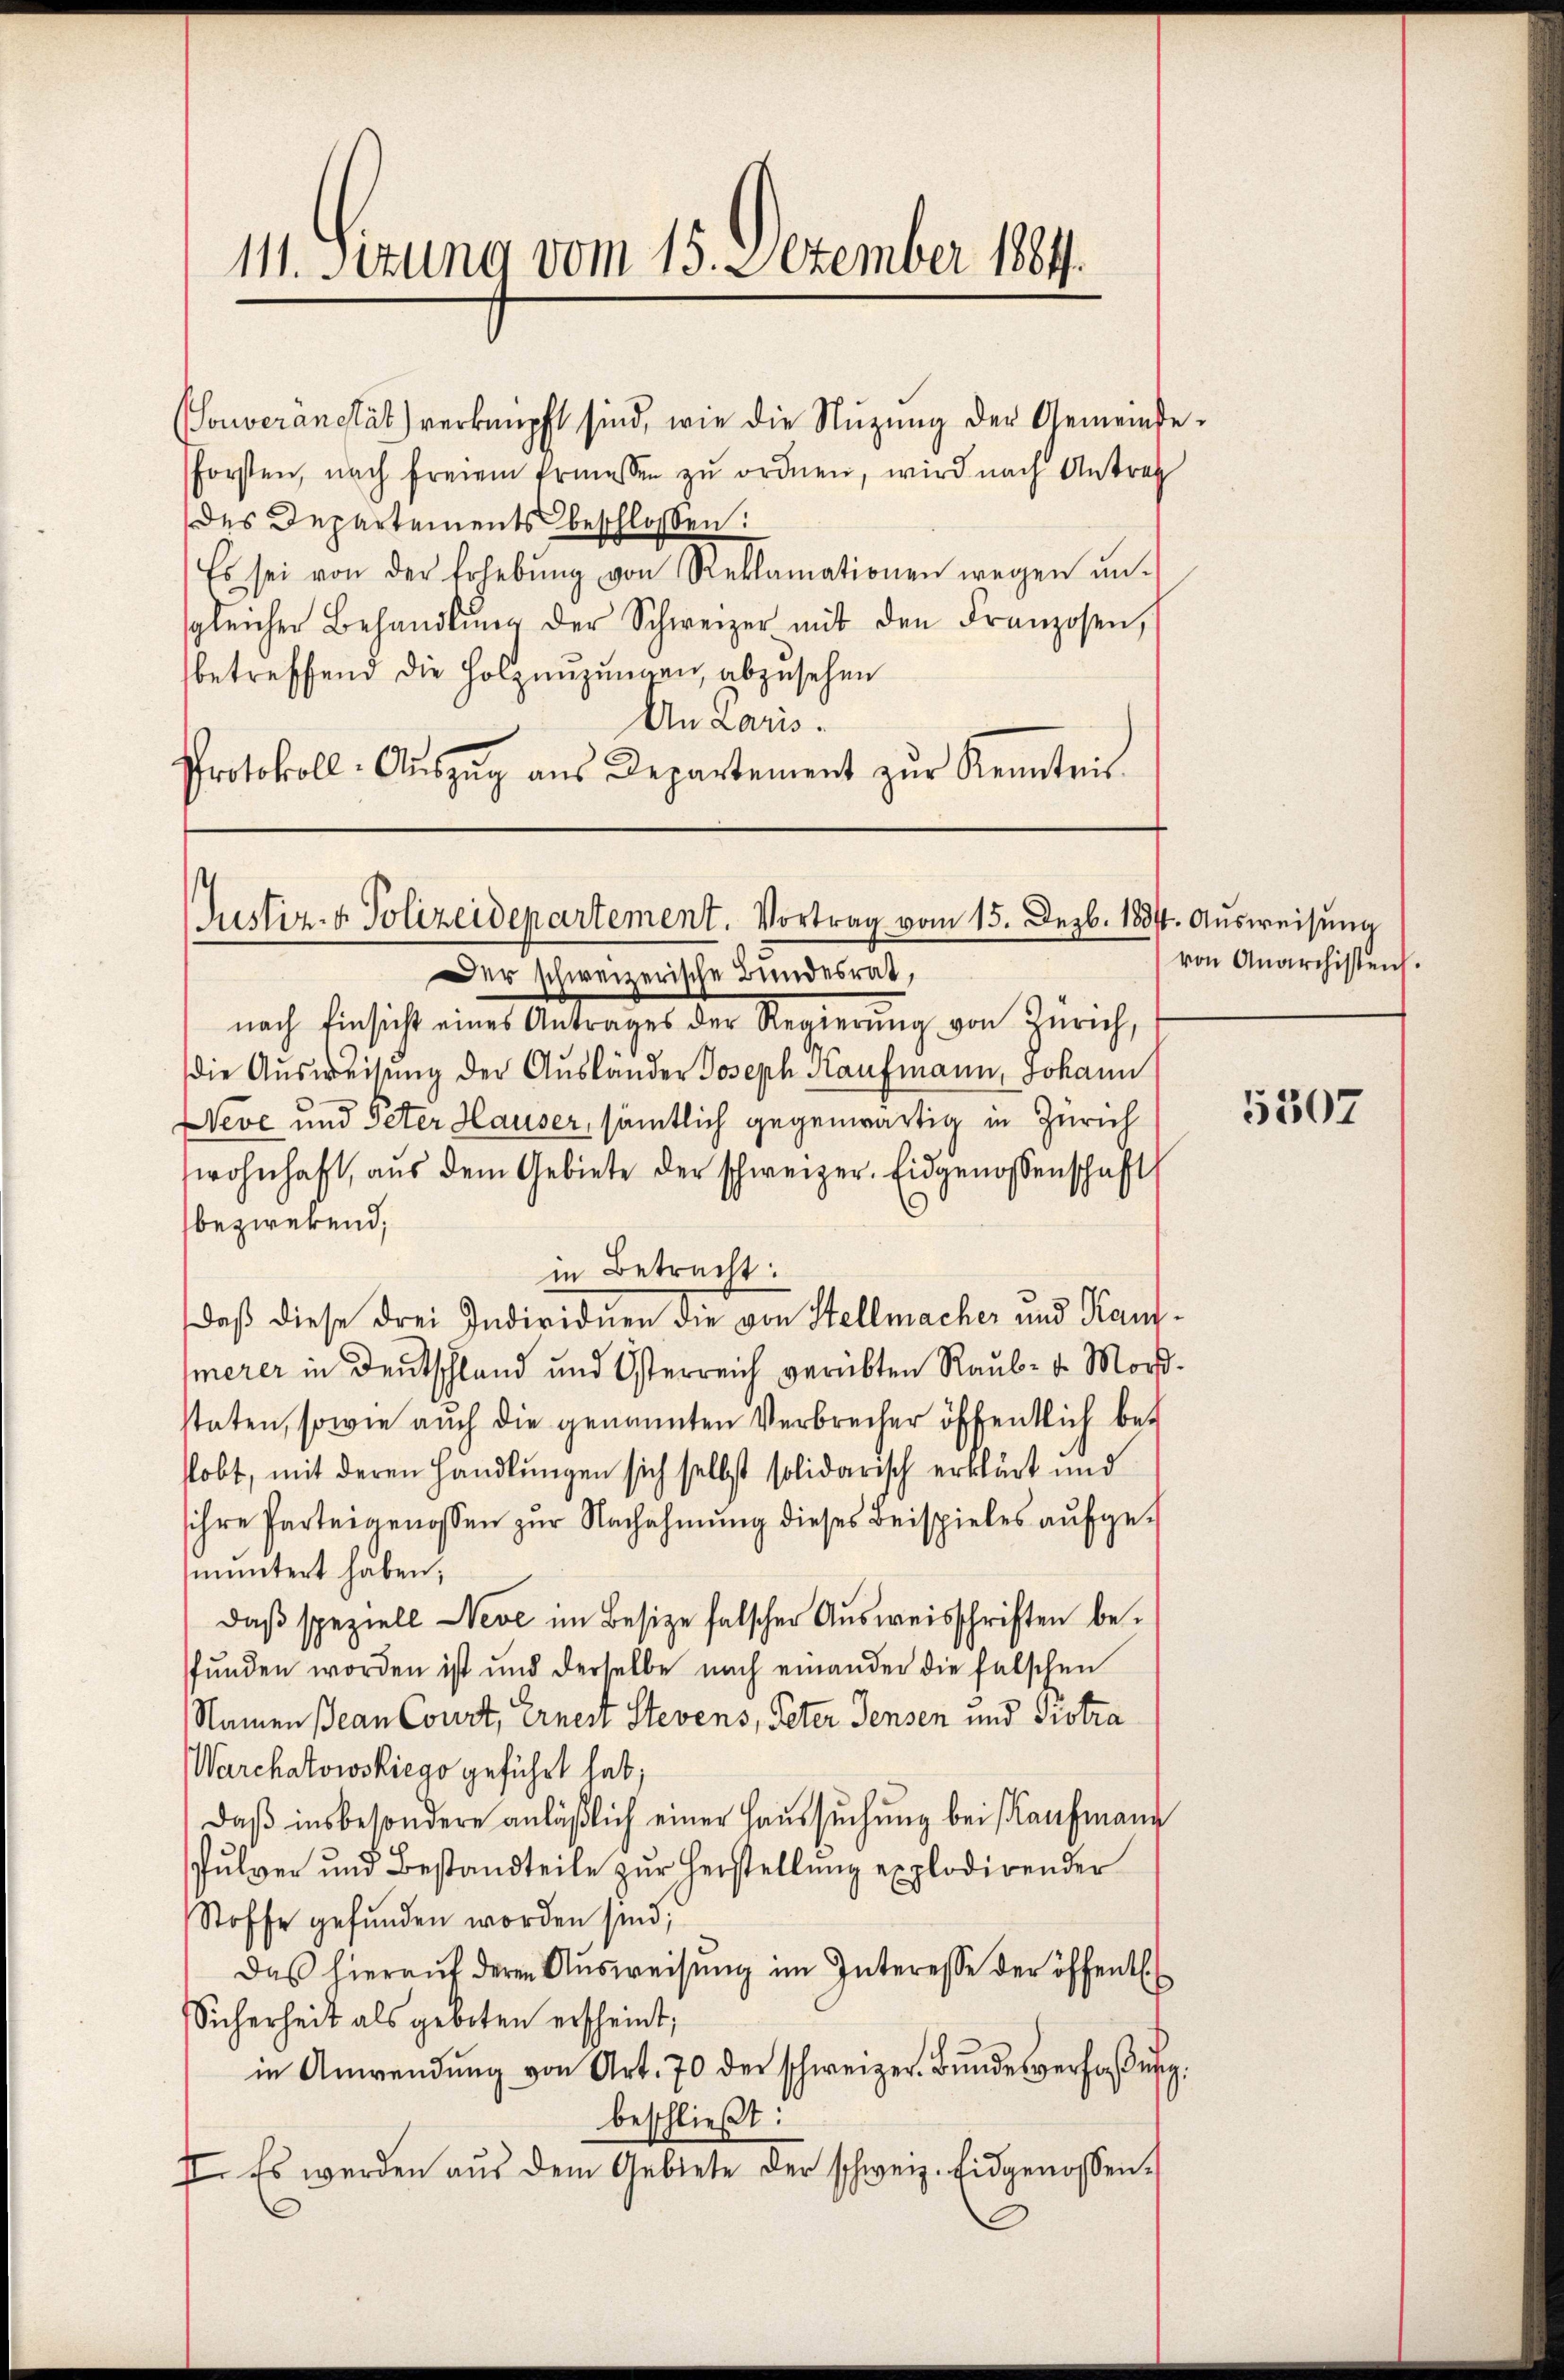
111. Serung vom 15. Dezember 1884.

forsten, nach freiem Ermessen zŭ ordnen, wird nach Antrag
des Departements beschloßen:
Es sei von der Erhebŭng von Reklamationen wegen ŭn-
gleicher Behandlŭng der Schweizer mit den Franzosen,
betreffend die Holznuzungen abzusehen
An Paris.
Protokoll-Aŭszŭg aŭs Departement zŭr Kenntnis

Souveränetät) verknüpft sind, wie die Nutzung der Gemeinde¬

Justiz- & Polizeidepartement. Vortrag vom 15. Dezb. 1831. Ausweisung

Der schweizerische Bundesrat,
nach Einsicht eines Antrages der Regierŭng von Zürich,
die Ausweisung der Ausländer Joseph Kaufmann, Johann
Neve und Peter Hauser, sämtlich gegenwärtig in Zürich
wohnhaft, aŭs dem Gebiete der schweizer. Eidgenossenschaft
bezwekend;
in Betracht:
daß diese drei Individuen die von Stellmacher und Kaufmerer in Deutschland und Österreich verübten Raub- u. Mors
staten, sowie auch die genannten Verbrecher öffentlich bekobt, mit deren Handlungen sich selbst solidarisch erklärt und
sihre Parteigenossen zŭr Nachahmung dieses Beispieles aŭfge-
muntert haben,
daß speziell Neve im Besize falscher Ausweisschriften befŭnden worden ist und derselbe nach einander die falschen
Namen Jean Court, Ernest Stevens, Peter Jensen und Distra
Warchatowskiego geführt hat;
Daß insbesondere anläßlich einer Haussuchung bei Kaufmann
Pulver und Bestandteile zŭr Herstellŭng explodirender
Stoffe gefunden worden sind;
Das hieraŭf deren Aŭsweisŭng im Interesse der öffentlich
Sicherheit als geboten erscheint;
in Anwendŭng von Art. 70 der schweizer. Bŭndesverfaßung.
beschließt:
II. Es werden aŭs dem Gebiete der schweiz. Eidgenossen.

von Anarchistens.

5307